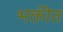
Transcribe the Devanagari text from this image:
भक्तीत